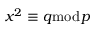
x ^ { 2 } \equiv q { \bmod { p } }